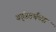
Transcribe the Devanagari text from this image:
वर्ड्‌स्वर्थच्या